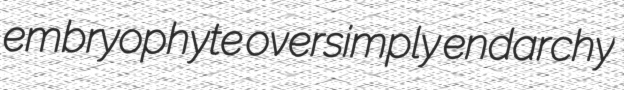
embryophyte oversimply endarchy